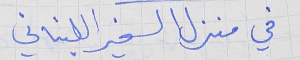
في منزل السفير اللبناني